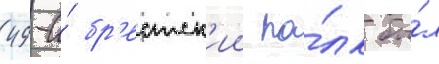
49-и́ бр'естск'ии по́лк бы́л